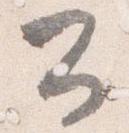
公